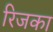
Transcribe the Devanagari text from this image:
रिजका